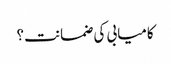
کامیابی کی ضمانت؟